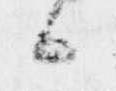
候